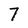
Character: 7